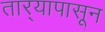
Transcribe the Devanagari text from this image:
तार्‍यापासून